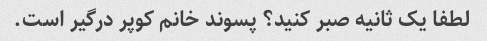
لطفا یک ثانیه صبر کنید؟ پسوند خانم کوپر درگیر است.